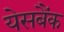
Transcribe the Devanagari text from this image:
येसबैंक